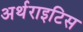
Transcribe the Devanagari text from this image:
अर्थराइटिस